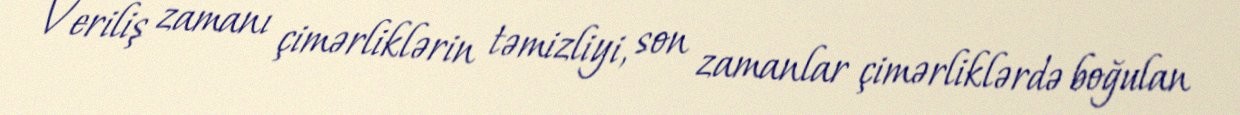
Veriliş zamanı çimərliklərin təmizliyi, son zamanlar çimərliklərdə boğulan